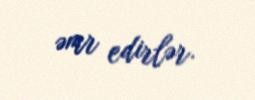
əmr edirlər.